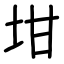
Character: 坩